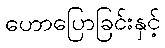
ဟောပြောခြင်းနှင့်